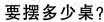
要摆多少桌？